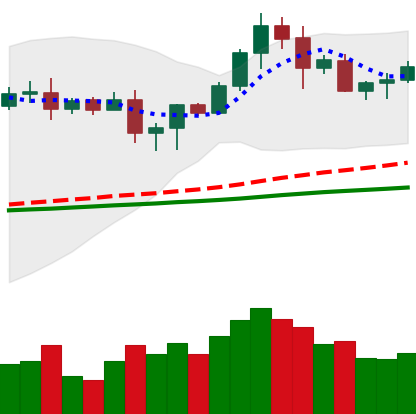
Ticker: LTC-USD
Chart end date: 2020-08-24
Forward return: -7.89%
Label: down_7plus